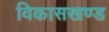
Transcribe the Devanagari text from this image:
विकासखण्‍ड